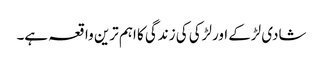
شادی لڑکے اورلڑکی کی زندگی کا اہم ترین واقعہ ہے۔